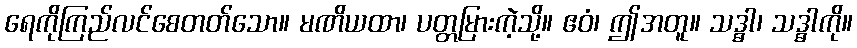
ရေကိုကြည်လင်စေတတ်သော။ မဏိယထာ၊ ပတ္တမြားကဲ့သို့။ ဧဝံ၊ ဤအတူ။ သဒ္ဓါ၊ သဒ္ဓါကို။